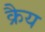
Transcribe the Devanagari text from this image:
क्रैय